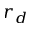
r _ { d }